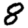
Digit: 8